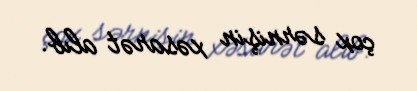
çox sərnişin xəsarət alıb.